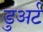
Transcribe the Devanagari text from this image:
डुअर्ट